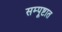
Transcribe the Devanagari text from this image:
सम्पूष्टात